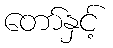
တော်နှင့်